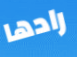
رادها